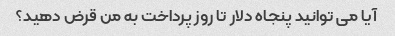
آیا می توانید پنجاه دلار تا روز پرداخت به من قرض دهید؟